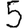
Digit: 5